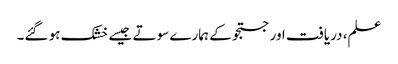
علم، دریافت اور جستجو کے ہمارے سوتے جیسے خشک ہو گئے۔